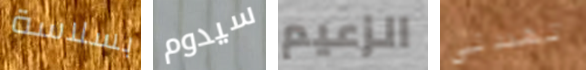
بسلاسة سيدوم الزعيم تهددني